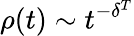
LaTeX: \rho(t)\sim t^{-\delta^{T}}